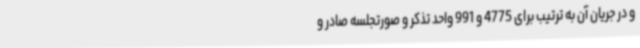
و در جریان آن به ترتیب برای 4775 و 991 واحد تذکر و صورتجلسه صادر و